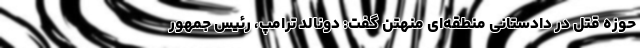
حوزه قتل در دادستانی منطقه‌ای منهتن گفت: دونالد ترامپ، رئیس جمهور